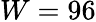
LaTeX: W=96